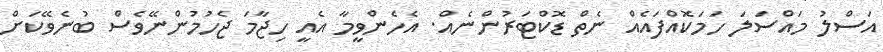
އަސްލު މައްސަލަ ހަަމަކޮއްފައެއް ނެތް ޑޮކްޓަރުންނެއް. އެހެންވީމާ އެއީ ހިޖާމަ ޖެހުމުންނޭވެސް ބުނެވޭކަށް